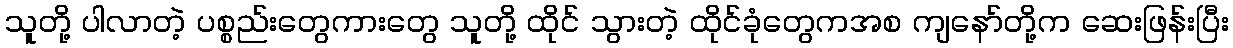
သူတို့ ပါလာတဲ့ ပစ္စည်းတွေကားတွေ သူတို့ ထိုင် သွားတဲ့ ထိုင်ခုံတွေကအစ ကျနော်တို့က ဆေးဖြန်းပြီး